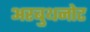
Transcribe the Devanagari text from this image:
अरबुथनोट